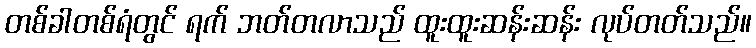
တစ်ခါတစ်ရံတွင် ရက် ဘတ်တလာသည် ထူးထူးဆန်းဆန်း လုပ်တတ်သည်။